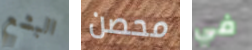
البشع محصن في